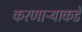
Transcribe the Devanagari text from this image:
करणाऱ्याकडे